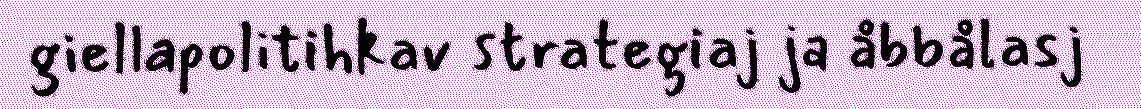
giellapolitihkav strategiaj ja åbbålasj